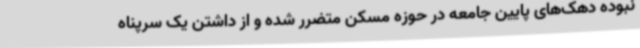
نبوده دهک‌های پایین جامعه در حوزه مسکن متضرر شده و از داشتن یک سرپناه